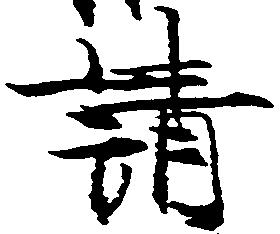
請